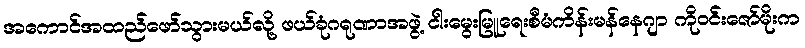
အကောင်အထည်ဖော်သွားမယ်လို့ ဖယ်ခုံဂရုဏာအဖွဲ့ ငါးမွေးမြူရေးစီမံကိန်းမန်နေဂျာ ကိုဝင်းဇော်မိုးက